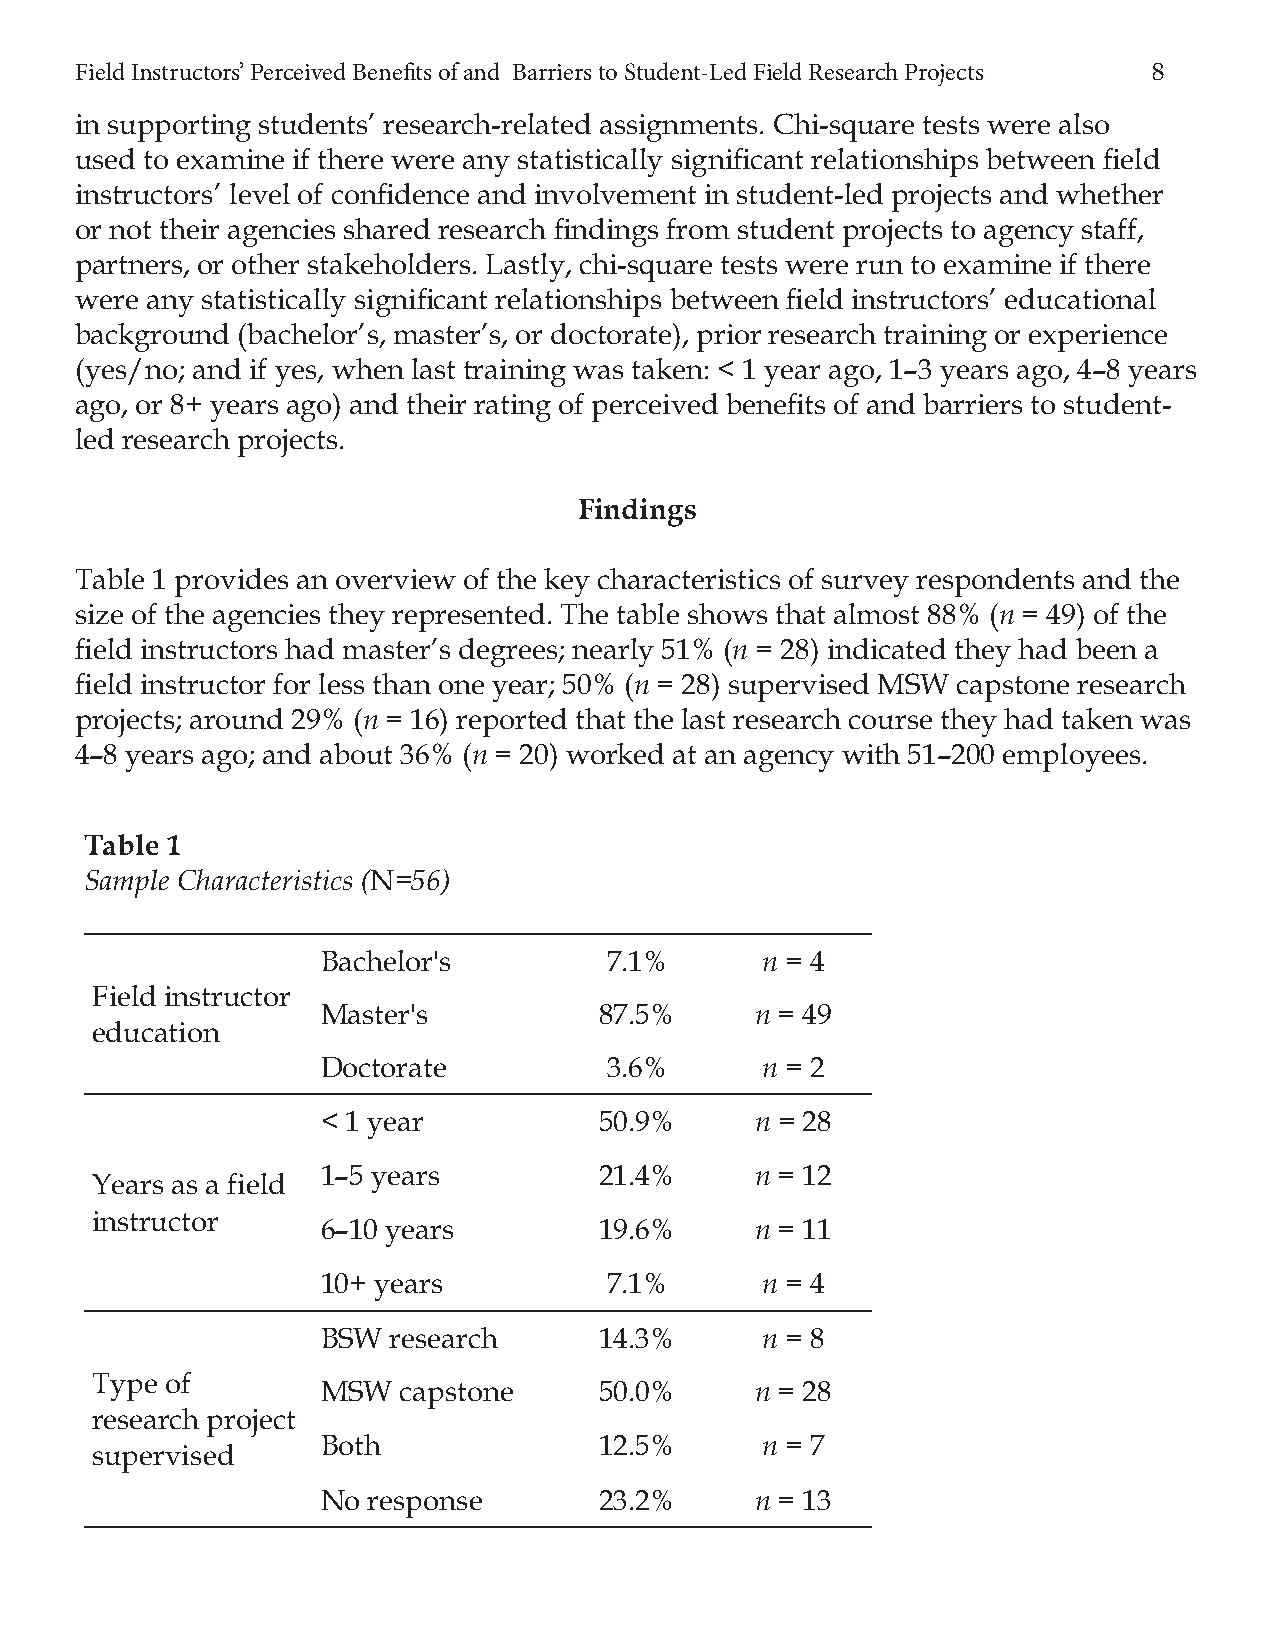
Field Instructors’ Perceived Benefi ts of and Barriers to Student-Led Field Research Projects 8
 in supporting students’ research-related assignments. Chi-square tests were also
 used to examine if there were any statistically signifi cant relationships between fi eld
 instructors’ level of confi dence and involvement in student-led projects and whether
 or not their agencies shared research fi ndings from student projects to agency staff,
 partners, or other stakeholders. Lastly, chi-square tests were run to examine if there
 were any statistically signifi cant relationships between fi eld instructors’ educational
 background (bachelor’s, master’s, or doctorate), prior research training or experience
 (yes/no; and if yes, when last training was taken: < 1 year ago, 1–3 years ago, 4–8 years
 ago, or 8+ years ago) and their rating of perceived benefi ts of and barriers to student-
 led research projects.
 Findings
 Table 1 provides an overview of the key characteristics of survey respondents and the
 size of the agencies they represented. The table shows that almost 88% (n = 49) of the
 fi eld instructors had master’s degrees; nearly 51% (n = 28) indicated they had been a
 fi eld instructor for less than one year; 50% (n = 28) supervised MSW capstone research
 projects; around 29% (n = 16) reported that the last research course they had taken was
 4–8 years ago; and about 36% (n = 20) worked at an agency with 51–200 employees.
 Table 1
 Sample Characteristics (N=56)
 Bachelor's         7.1%      n = 4
 Field instructor
 Master's           87.5%     n = 49
 education
 Doctorate          3.6%      n = 2
 < 1 year           50.9%     n = 28
 1–5 years          21.4%     n = 12
 Years as a field
 instructor
 6–10 years         19.6%     n = 11
 10+ years          7.1%      n = 4
 BSW  research      14.3%     n = 8
 Type of
 MSW  capstone      50.0%     n = 28
 research project
 Both               12.5%     n = 7
 supervised
 No response        23.2%     n = 13